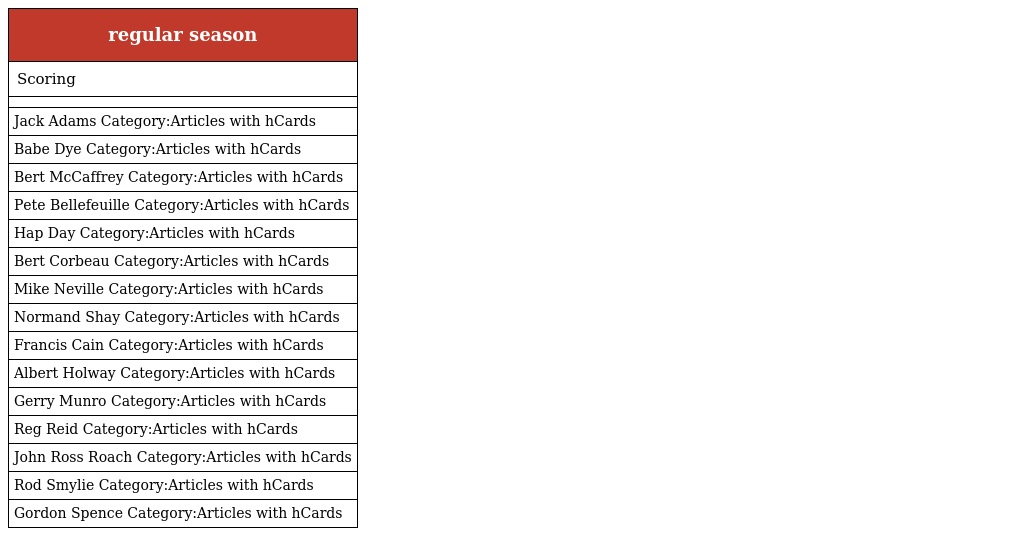
| regular season |
 | --- |
 | Scoring |
 |  |
 | Jack Adams Category:Articles with hCards |
 | Babe Dye Category:Articles with hCards |
 | Bert McCaffrey Category:Articles with hCards |
 | Pete Bellefeuille Category:Articles with hCards |
 | Hap Day Category:Articles with hCards |
 | Bert Corbeau Category:Articles with hCards |
 | Mike Neville Category:Articles with hCards |
 | Normand Shay Category:Articles with hCards |
 | Francis Cain Category:Articles with hCards |
 | Albert Holway Category:Articles with hCards |
 | Gerry Munro Category:Articles with hCards |
 | Reg Reid Category:Articles with hCards |
 | John Ross Roach Category:Articles with hCards |
 | Rod Smylie Category:Articles with hCards |
 | Gordon Spence Category:Articles with hCards |